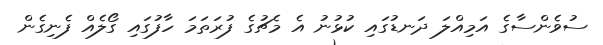
ސުވެންސާގެ އަމިއްލަ ދަނޑުގައި ކުޅުނު އެ މެޗުގެ ފުރަތަމަ ހާފުގައި ގޯލެއް ފެނިގެން